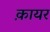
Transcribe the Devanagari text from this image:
क़ायर